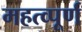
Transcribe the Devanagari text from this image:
महत्‍व्‍पूर्ण